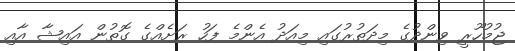
ޖުމުހޫރީ ވިންދުގެ މިދަތުރުގައި މިއަދު އެންމެ ފަހު ރަށެއްގެ ގޮތުން އައިޝާ އާއި